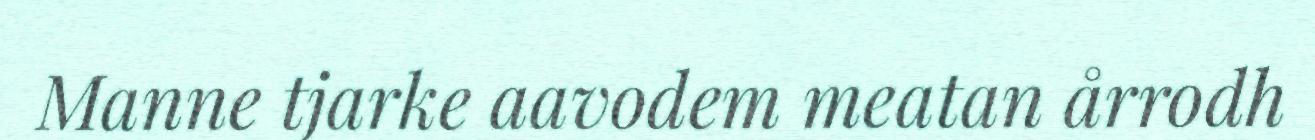
Manne tjarke aavodem meatan årrodh